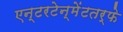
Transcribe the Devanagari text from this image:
एन्टरटेन्मेंटतर्फे